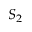
S _ { 2 }